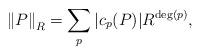
LaTeX: \begin{align*}\left\| P\right\|_R = \sum_{p} |c_p(P)| R^{\deg(p)},\end{align*}